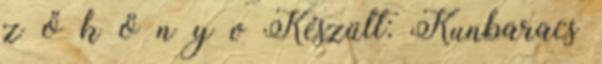
z ő k ö n y v Készült: Kunbaracs